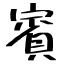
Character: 賓